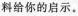
料给你的启示。